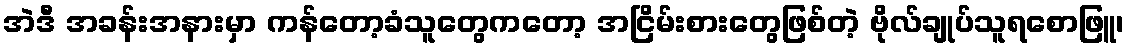
အဲဒီ အခန်းအနားမှာ ကန်တော့ခံသူတွေကတော့ အငြိမ်းစားတွေဖြစ်တဲ့ ဗိုလ်ချုပ်သူရစောဖြူ၊